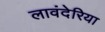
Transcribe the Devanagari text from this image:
लावंदेरिया